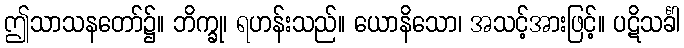
ဤသာသနတော်၌။ ဘိက္ခု၊ ရဟန်းသည်။ ယောနိသော၊ အသင့်အားဖြင့်။ ပဋိသင်္ခါ